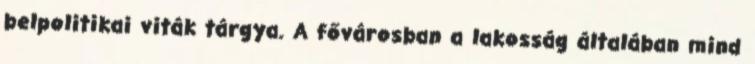
belpolitikai viták tárgya. A fővárosban a lakosság általában mind